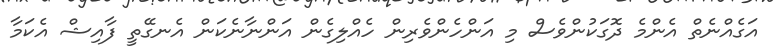
އަގެއްނެތް އެންމެ ދޮގަކުންވެސް މި އަންހެންވެރިން ހެއްލިގެން އަންނާނެކަން އެނގޭތީ ފާއިޝް އެކަމާ